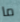
ما